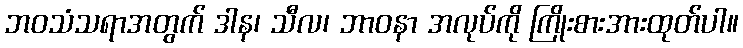
ဘဝသံသရာအတွက် ဒါန၊ သီလ၊ ဘာဝနာ အလုပ်ကို ကြိုးစားအားထုတ်ပါ။